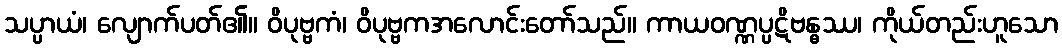
သပ္ပာယံ၊ လျောက်ပတ်၏။ ဝိပုဗ္ဗကံ၊ ဝိပုဗ္ဗကအလောင်းတော်သည်။ ကာယဝဏ္ဏပ္ပဋိဗန္ဓဿ၊ ကိုယ်တည်းဟူသော